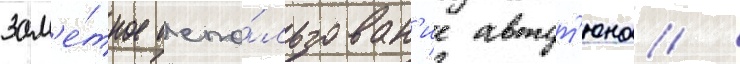
зам'е́тное испо́льзован'ие автот'юна /